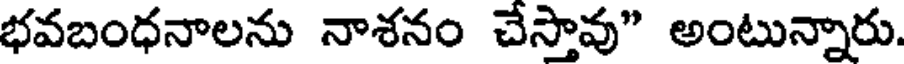
భవబంధనాలను నాశనం చేస్తావు" అంటున్నారు.